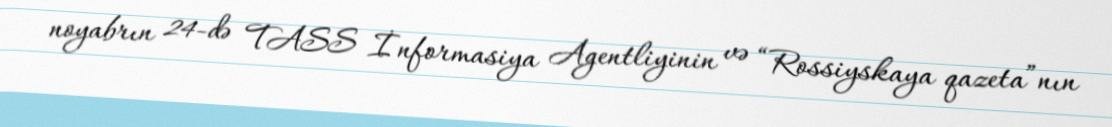
noyabrın 24-də TASS İnformasiya Agentliyinin və “Rossiyskaya qazeta”nın